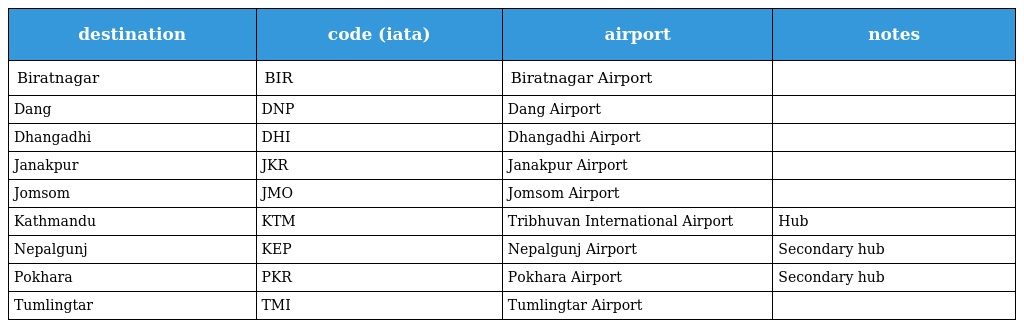
| destination | code (iata) | airport | notes |
 | --- | --- | --- | --- |
 | Biratnagar | BIR | Biratnagar Airport |  |
 | Dang | DNP | Dang Airport |  |
 | Dhangadhi | DHI | Dhangadhi Airport |  |
 | Janakpur | JKR | Janakpur Airport |  |
 | Jomsom | JMO | Jomsom Airport |  |
 | Kathmandu | KTM | Tribhuvan International Airport | Hub |
 | Nepalgunj | KEP | Nepalgunj Airport | Secondary hub |
 | Pokhara | PKR | Pokhara Airport | Secondary hub |
 | Tumlingtar | TMI | Tumlingtar Airport |  |